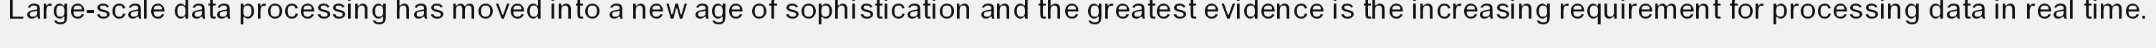
Large-scale data processing has moved into a new age of sophistication and the greatest evidence is the increasing requirement for processing data in real time.